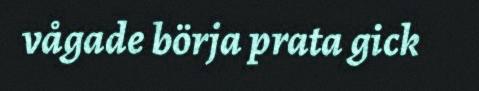
vågade börja prata gick